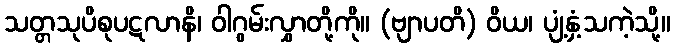
သတ္တသုပိစုပဋလာနိ၊ ဝါဂွမ်းလွှာတို့ကို။ (ဗျာပတိ) ဝိယ၊ ပျံ့နှံ့သကဲ့သို့။